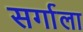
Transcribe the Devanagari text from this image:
सर्गाला